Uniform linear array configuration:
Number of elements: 16
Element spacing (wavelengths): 0.25
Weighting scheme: hann
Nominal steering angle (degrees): -30
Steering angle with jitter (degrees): -28.682
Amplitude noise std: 0.05
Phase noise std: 0.05

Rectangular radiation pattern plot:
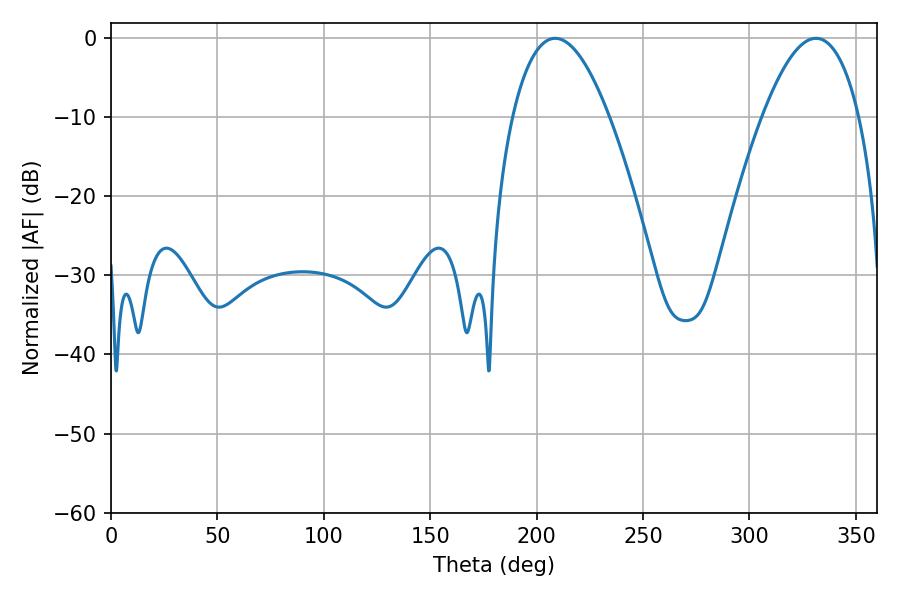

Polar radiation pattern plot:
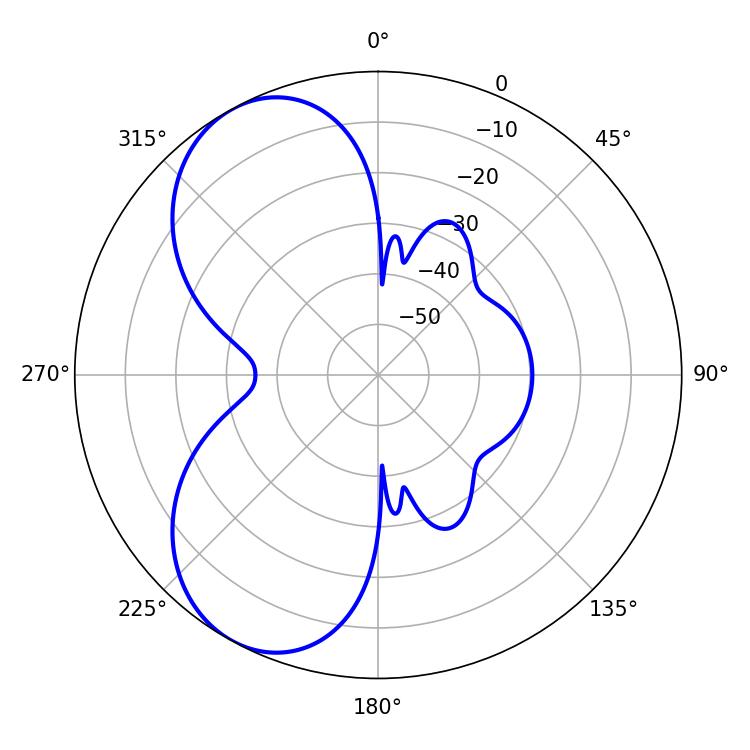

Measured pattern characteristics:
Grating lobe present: FALSE
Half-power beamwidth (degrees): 25.2
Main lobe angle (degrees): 208.8